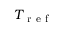
T _ { \mathrm { ~ r ~ e ~ f ~ } }